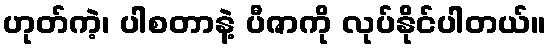
ဟုတ်ကဲ့၊ ပါစတာနဲ့ ပီဇာကို လုပ်နိုင်ပါတယ်။